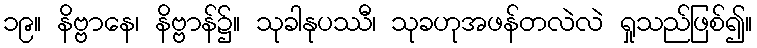
၁၉။ နိဗ္ဗာနေ၊ နိဗ္ဗာန်၌။ သုခါနုပဿီ၊ သုခဟုအဖန်တလဲလဲ ရှုသည်ဖြစ်၍။